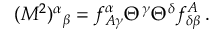
( { \cal M } ^ { 2 } ) ^ { \alpha } { } _ { \beta } = f _ { A \gamma } ^ { \alpha } \Theta ^ { \gamma } \Theta ^ { \delta } f _ { \delta \beta } ^ { A } \, .